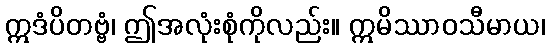
ဣဒံပိတဗ္ဗံ၊ ဤအလုံးစုံကိုလည်း။ ဣမိဿာဝသီမာယ၊